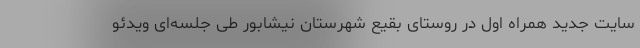
سایت جدید همراه اول در روستای بقیع شهرستان نیشابور طی جلسه‌ای ویدئو